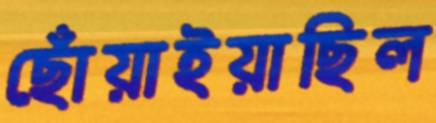
ছোঁয়াইয়াছিল